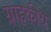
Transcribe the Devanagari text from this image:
ग्राहकीय